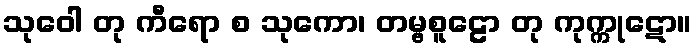
သုဝေါ တု ကီရော စ သုကော၊ တမ္ဗစူဠော တု ကုက္ကုဋော။